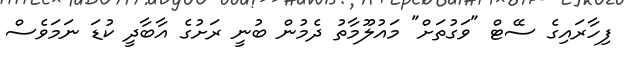
ފިހާރައިގެ ސޭޓް "ވަގުތަށް" މައުލޫމާތު ދެމުން ބުނީ ރަށުގެ އާބާދީ ކުޑަ ނަމަވެސް